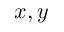
x , y